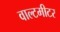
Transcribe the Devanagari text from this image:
वाल्टमीटर